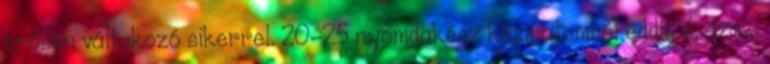
erősen váltako­zó siker­rel. 20-25 nyomdakész kéziratomból eddig 6, azaz: